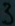
Text: 3